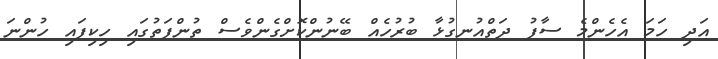
އަދި ހަމަ އެހެންމެ ސާފު ދަތްއުނގުޅާ ބުރުހެއް ބޭނުންކޮށްގެންވެސް ތުންފަތުގައި ހިކިފައި ހުންނަ